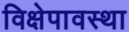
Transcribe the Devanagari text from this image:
विक्षेपावस्था